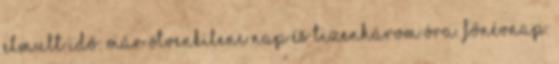
elmult idő: már ötvenkilenc nap és tizenhárom óra. Főnévnap: